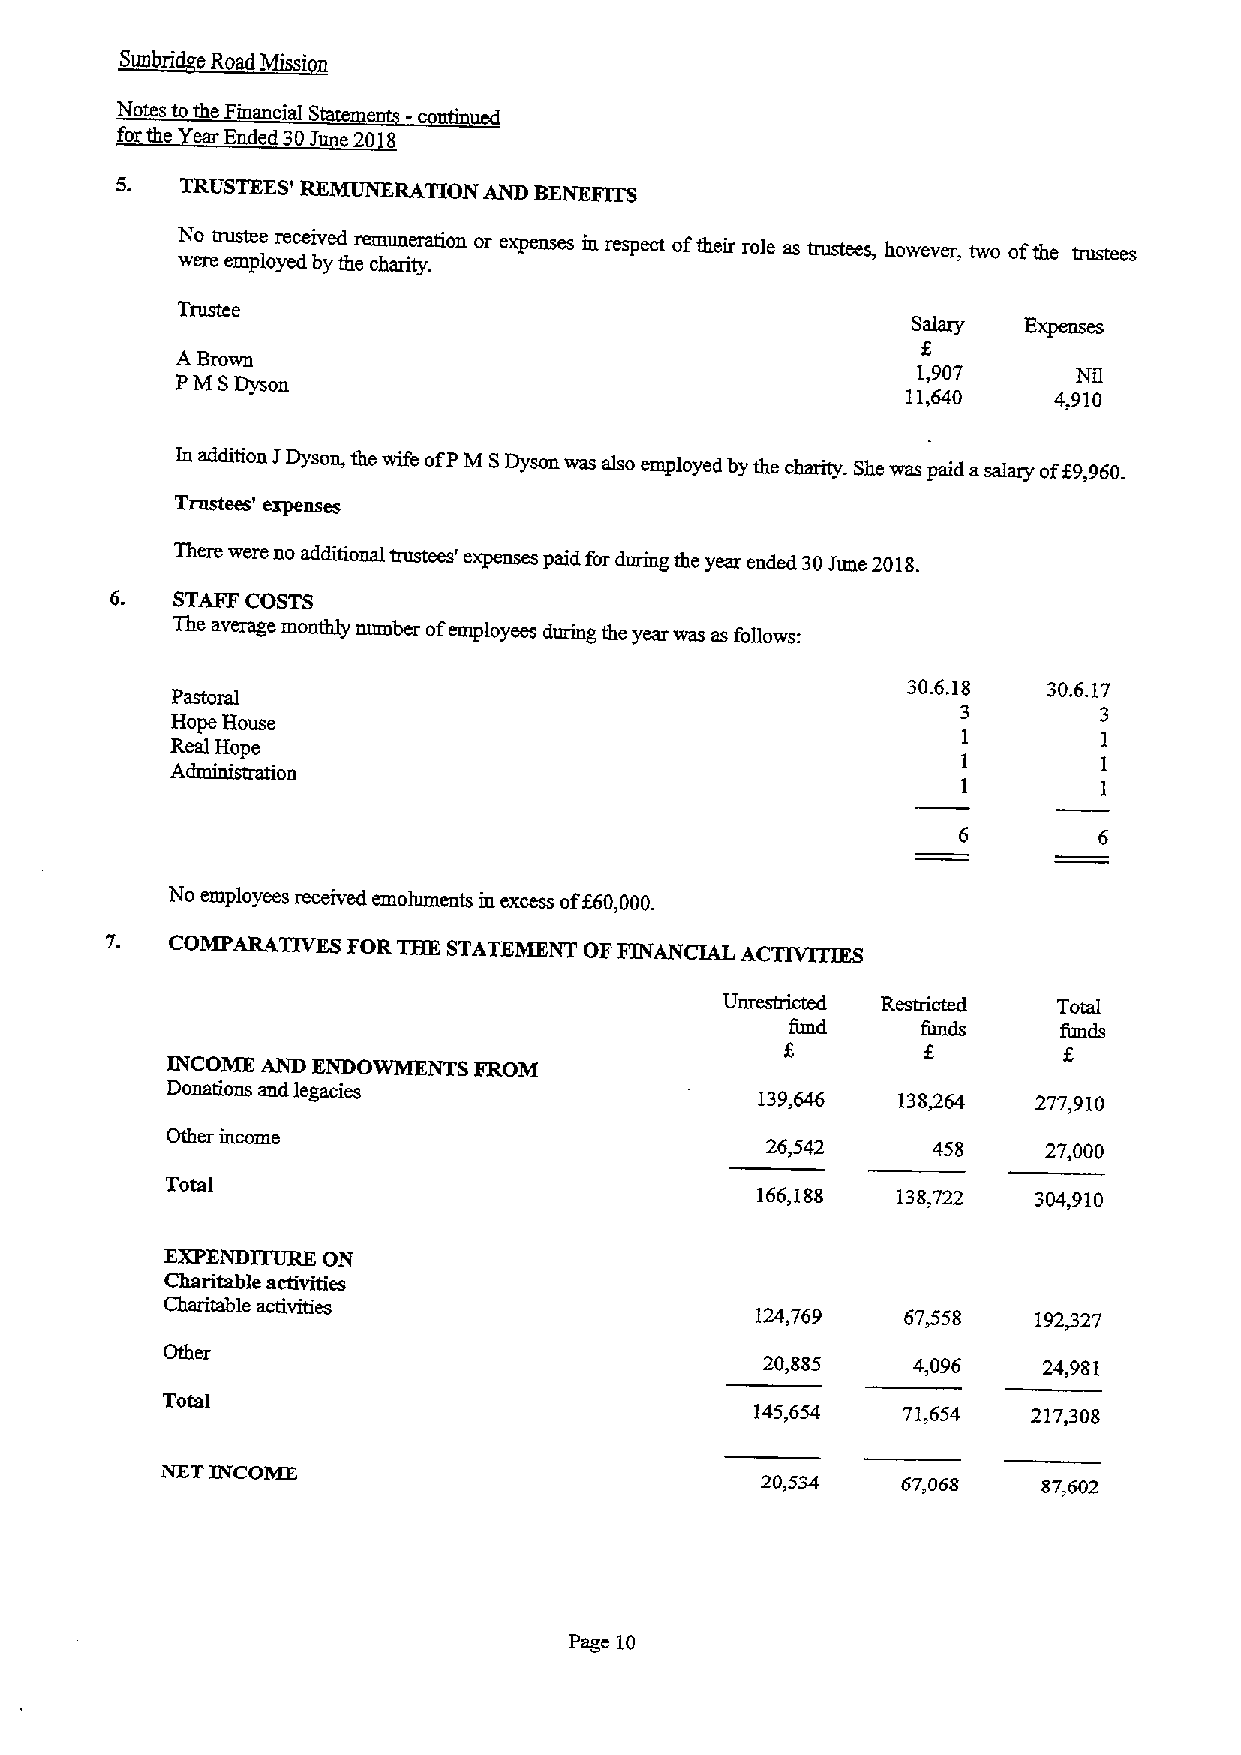
Notes to eFmancial State
 forthe ear Ended30 J e20 8
 5.  TRUSTEES' REMUNERATION AND BENEFITS
 e~
 N weo retru es mte pe loyr ee dcei bv yed therem chu an re itr ya .tion or in respect oftheir role as trustees, however, two ofthe trustees
 Trustee
 Salary
 ABrown
 PM SDyson                                        1,907     Ni1
 11,640    4,910
 In addition J Dyson, the wife ofPM SDyson was also employed by the charity. She was paid asalary of59,960.
 Trllstccs expenses
 There were no additional trustees' expenses paid for durmg the year ended 30June 2018.
 STAFF COSTS
 The average monthly number ofemployees durmg the year was as follows:
 30.6.18  30.6.17
 Pastoral
 3        3
 Hope House
 RAeal~Hoopen                                         1        1
 1        1
 1        1
 No employees received emoluments m excess off60,000.
 COMPARAT1VES FOR THE STATEMENT OFFINANCIAL ACTIV1TIES
 Unrestricted          Total
 fimd              funds
 f,
 INCOME AND ENDOWMENTS FROM
 Donations and legacies
 139,646  138364    277,910
 26,542     458    27,000
 Total
 166,188  138,722  304,910
 EXPENDITURE ON
 Charitable activities
 Charitable activities
 124,769   67,558   192@27
 20,885    4,096    24,981
 Total
 145,654   71,654  217,308
 NET INCOME
 20,534    67,068   87,602
 Page 10